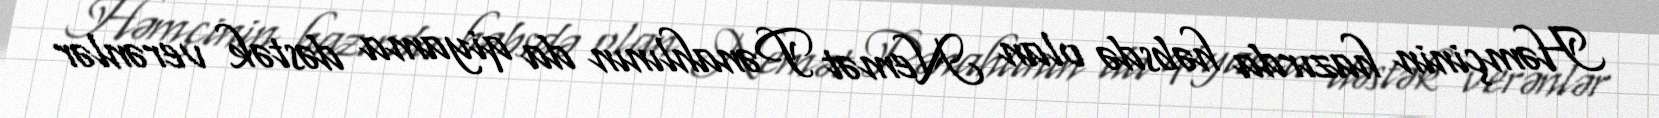
Həmçinin hazırda həbsdə olan Nemət Pənahlının da qiyama dəstək verənlər